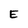
Character: E